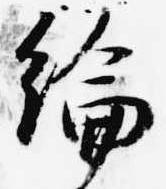
綸